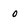
Character: 0